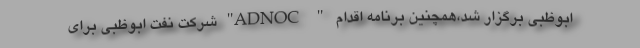
ابوظبی برگزار شد،همچنین برنامه اقدام " ADNOC" شرکت نفت ابوظبی برای